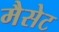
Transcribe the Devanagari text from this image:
मैसेट